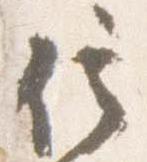
信